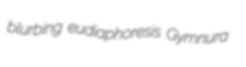
blurbing eudiaphoresis Gymnura